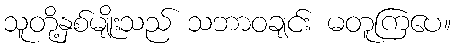
သူတို့နှစ်မျိုးသည် သဘာဝချင်း မတူကြပေ။